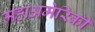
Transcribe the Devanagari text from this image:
महाअमेरिकी